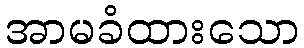
အာမခံထားသော